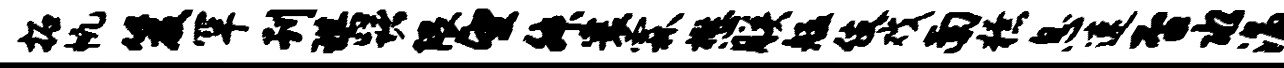
拓帆笈罕刊琪躇隈望舛寰霖懋朕艋伎戏南獠息速否水涌